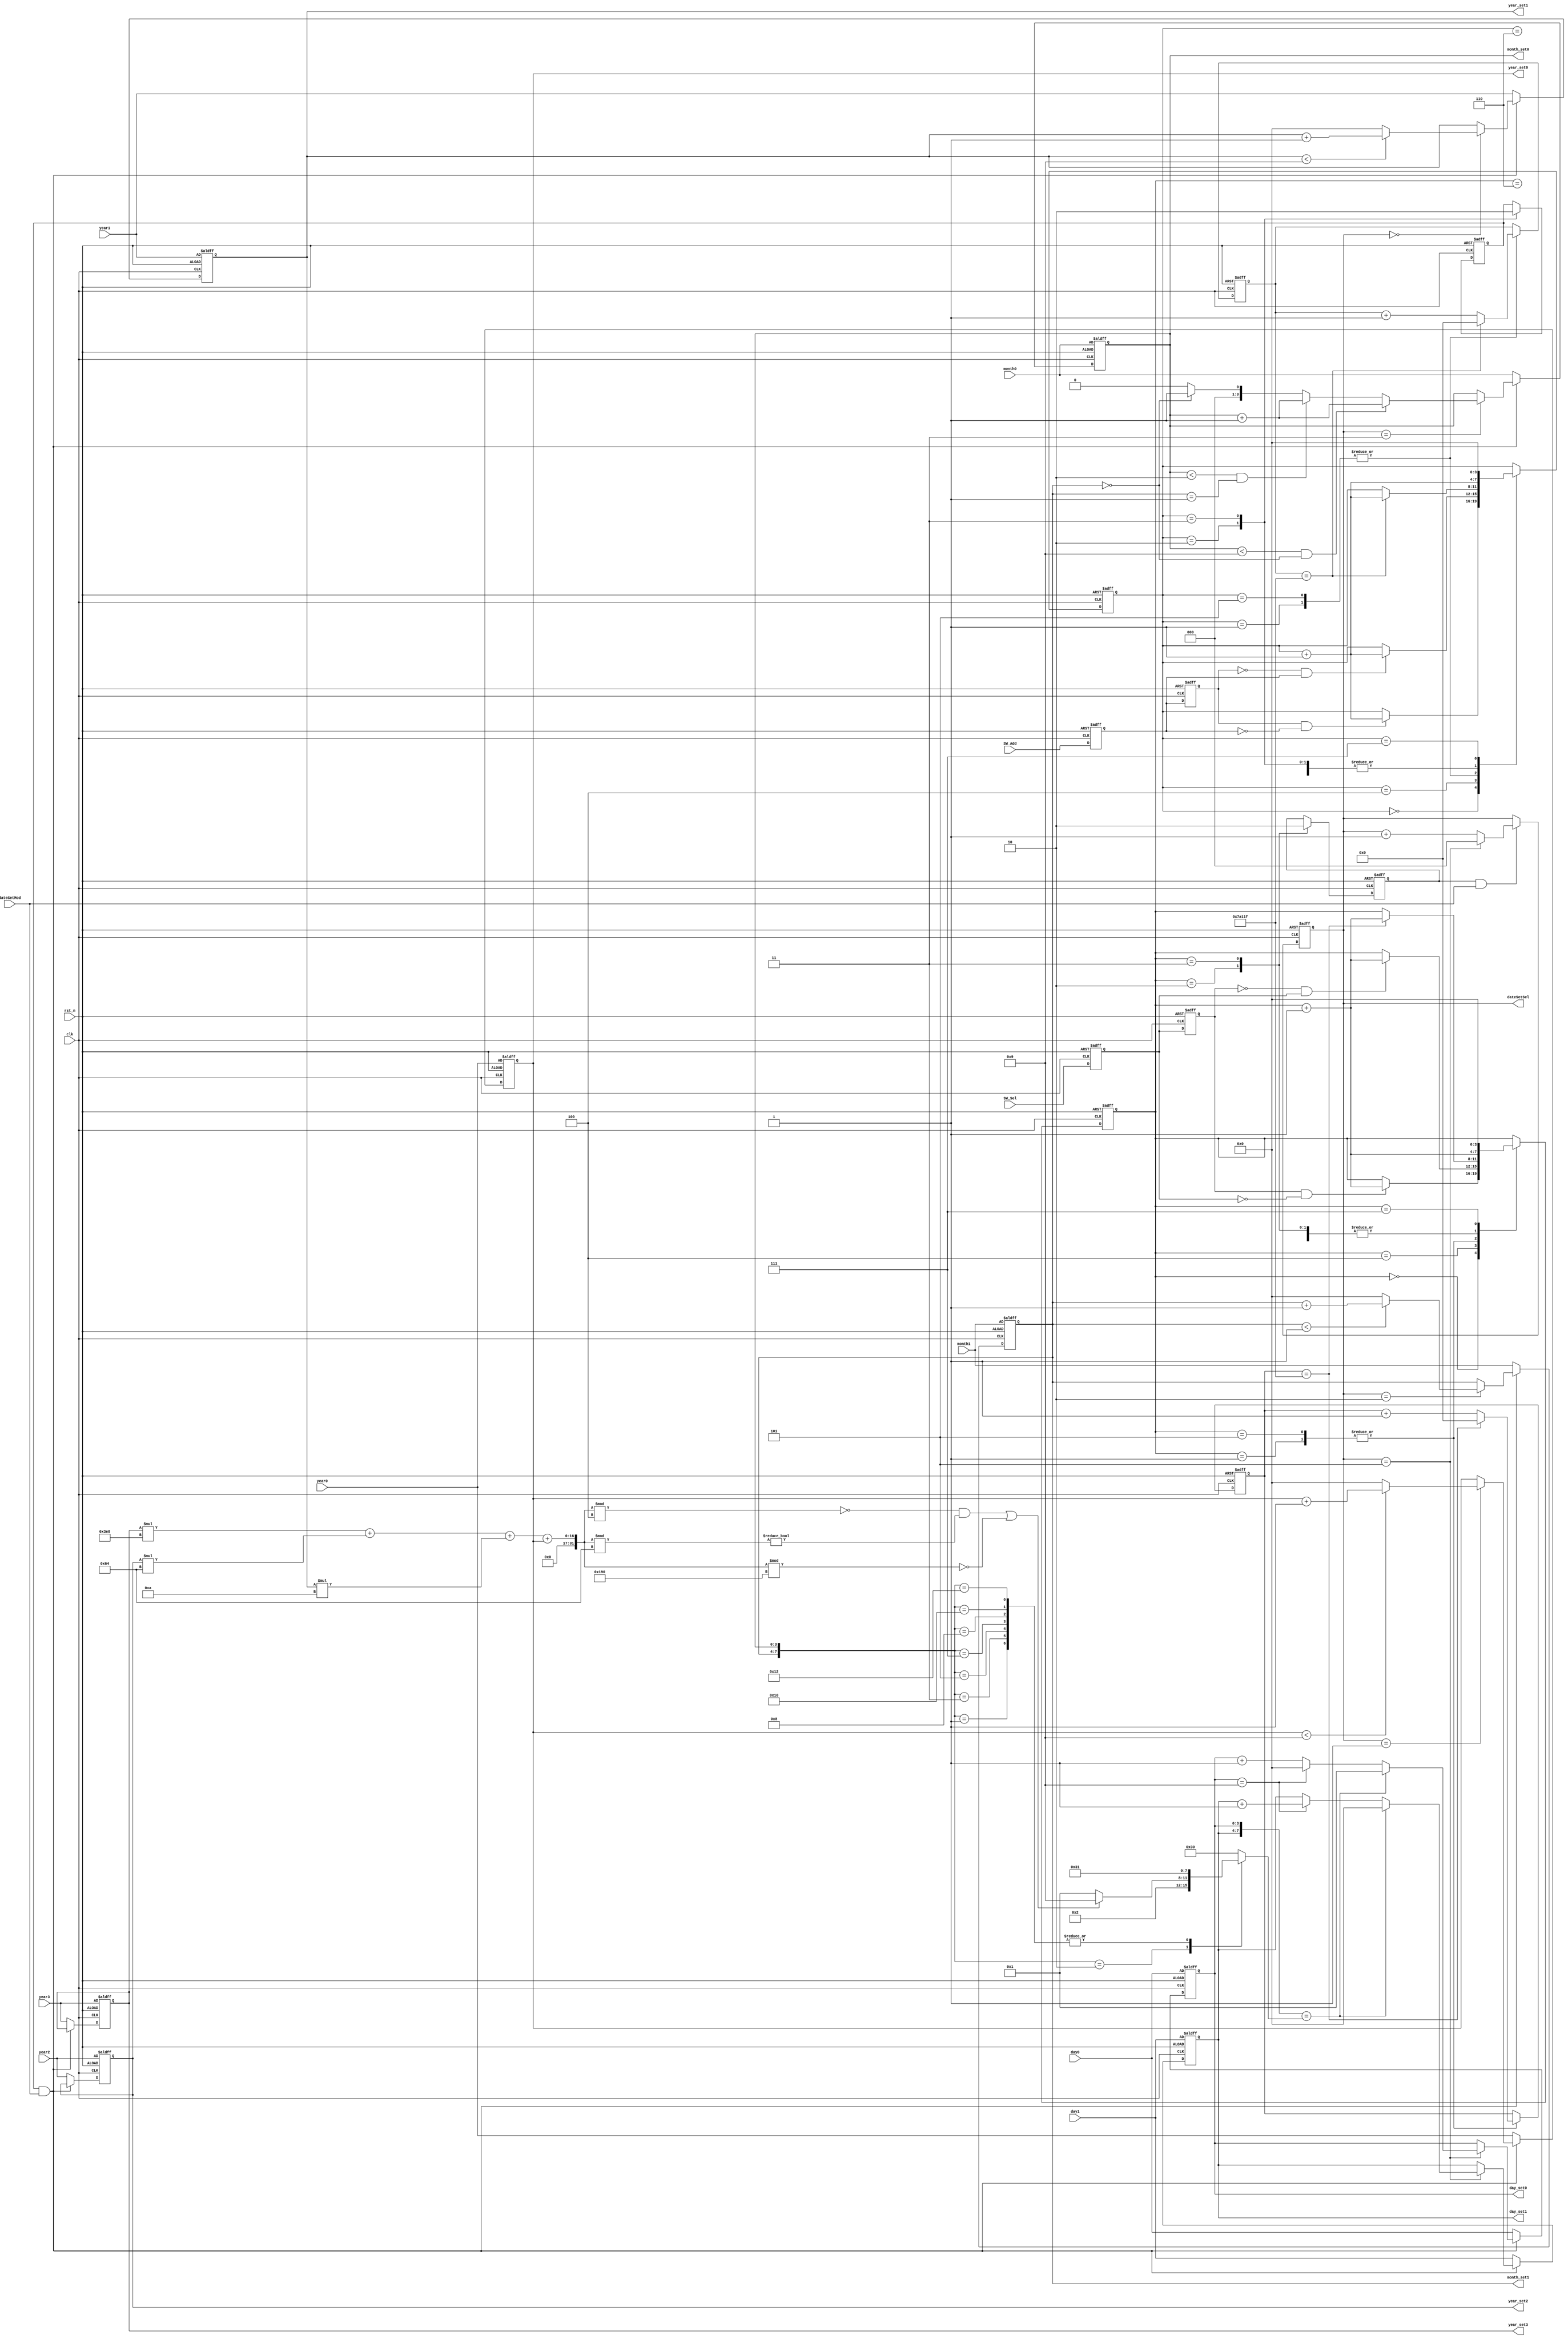
module dateSet(
		input clk,
		input rst_n,
		input dateSetMod,
		input SW_Sel,			//位选
		input SW_Add,			//增加
		input [3:0] year3, year2, year1, year0,
		input [3:0] month1, month0,
		input [3:0] day1, day0,
		output reg [3:0] year_set3, year_set2, year_set1, year_set0,
		output reg [3:0] month_set1, month_set0,
		output reg [3:0] day_set1, day_set0,
		output reg [2:0] dateSetSel
	);
	
	parameter T400MS = 21'd50_0000;
	
	//**************************位选按键消抖*********************
	reg F2, F1;
	
	always @ (posedge clk or negedge rst_n)
	begin
		if (!rst_n)
		begin 
			{F2, F1} <= 2'b11;
		end
		else
			{F2, F1} <= {F1, SW_Sel};
	end
	
	wire isSW_SelH2L = (F2 == 1 && F1 == 0);
	wire isSW_SelL2H = (F2 == 0 && F1 == 1);
	
	reg [3:0] i;
	reg isSW_SelPress, isSW_SelRelease;
	reg [18:0] C1;
	
	always @ ( posedge clk or negedge rst_n )
	begin 
		if (!rst_n)
		begin 
			i <= 4'd0;
			{isSW_SelPress, isSW_SelRelease} <= 2'b00;
			C1 <= 19'd0;
		end
		else 
		begin 
			case (i)
				0:
				if (isSW_SelH2L) i <= i + 1'b1;
				1:
				if (C1 == T400MS - 1) begin C1 <= 19'd0; i <= i + 1'b1; end
				else C1 <= C1 + 1'b1;
				2:
				begin isSW_SelPress <= 1'b1; i <= i + 1'b1; end
				3:
				begin isSW_SelPress <= 1'b0; i <= i + 1'b1; end
				4:
				begin if (isSW_SelL2H) i <= i + 1'b1; end
				5:
				if (C1 == T400MS - 1) begin C1 <= 19'd0; i <= i + 1'b1; end
				else C1 <= C1 + 1'b1;
				6:
				begin isSW_SelRelease <= 1'b1; i <= i + 1'b1; end
				7:
				begin isSW_SelRelease <= 1'b0; i <= 4'd0; end
			endcase
		end
	end
	//*************************************************************
	//**************************增加按键消抖************************
	reg F4, F3;
	
	always @ (posedge clk or negedge rst_n)
	begin
		if (!rst_n)
		begin 
			{F4, F3} <= 2'b11;
		end
		else
			{F4, F3} <= {F3, SW_Add};
	end
	
	wire isSW_AddH2L = (F4 == 1 && F3 == 0);
	wire isSW_AddL2H = (F4 == 0 && F3 == 1);
	
	reg [3:0] _i;
	reg isSW_AddPress, isSW_AddRelease;
	reg [18:0] C2;
	
	always @ ( posedge clk or negedge rst_n )
	begin 
		if (!rst_n)
		begin 
			_i <= 4'd0;
			{isSW_AddPress, isSW_AddRelease} <= 1'b0;
			C2 <= 19'd0;
		end
		else 
		begin 
			case (_i)
				0:
				if (isSW_AddH2L) _i <= _i + 1'b1;
				1:
				if (C2 == T400MS - 1) begin C2 <= 19'd0; _i <= _i + 1'b1; end
				else C2 <= C2 + 1'b1;
				2:
				begin isSW_AddPress <= 1'b1; _i <= _i + 1'b1; end
				3:
				begin isSW_AddPress <= 1'b0; _i <= _i + 1'b1; end
				4:
				if (isSW_AddL2H) _i <= _i + 1'b1;
				5:
				if (C2 == T400MS - 1) begin C2 <= 19'd0; _i <= _i + 1'b1; end
				else C2 <= C2 + 1'b1;
				6:
				begin isSW_AddRelease <= 1'b1; _i <= _i + 1'b1; end
				7:
				begin isSW_AddRelease <= 1'b0; _i <= 4'd0; end
			endcase
		end
	end
	//*************************************************************
	
	//****************************位选控制**************************
	always @ (negedge clk or negedge rst_n)
	begin 
		if (!rst_n)
		begin 
			dateSetSel <= 3'd0;
		end
		else 
		begin
			if (isSW_SelPress && dateSetMod)
			begin 
				if (dateSetSel == 3'd5)
					dateSetSel <= 3'd0;
				else 
					dateSetSel <= dateSetSel + 1'b1;
			end
		end
	end
	//**************************************************************
	
	always @ (negedge clk or negedge rst_n)
	begin 
		if (!rst_n)
		begin 
			{year_set3, year_set2, year_set1, year_set0} <= {year3, year2, year1, year0};
			{month_set1, month_set0}                     <= {month1, month0};
			{day_set1, day_set0}								   <= {day1, day0};
		end
		else 
		begin 
			if (isSW_AddPress && dateSetMod)			//增加按键按下且日期设置模式打开
			begin 
				case (dateSetSel)
					3'd0:
					begin
						if (year_set1 < 4'd9)
							year_set1 <= year_set1 + 1'b1;
						else
						begin
							year_set1 <= 4'd0;
						end
					end
					3'd1:
					begin
						if (year_set0 < 4'd9)
							year_set0 <= year_set0 + 1'b1;
						else
							year_set0 <= 4'd0;
					end
					3'd2:
					begin
						if (month_set1 < 4'd1)
							month_set1 <= month_set1 + 1'b1;
						else
							month_set1 <= 4'd0;
					end
					3'd3:
					begin
						if (month_set0 < 4'd9 && month_set1 == 4'd0)
							month_set0 <= month_set0 + 1'b1;
						else if (month_set0 < 4'd2 && month_set1 == 4'd1)
							month_set0 <= month_set0 + 1'b1;
						else
						begin
							if (month_set1 == 4'd0)
								month_set0 <= 4'd1;
							else
								month_set0 <= 4'd0;
						end
					end
					3'd4:
					begin
					end
					3'd5:
					begin
						day_set0 <= day_set0 + 1'b1;
						if (day_set0 == 4'd9)
						begin
							day_set0 <= 4'd0;
							day_set1 <= day_set1 + 4'd1;
						end
						if ({day_set1, day_set0} == DAYS)
						begin
							day_set0 <= 4'd1;
							day_set1 <= 4'd0;
						end
					end
				endcase
			end
			else
			begin 
				{year_set3, year_set2, year_set1, year_set0} <= {year3, year2, year1, year0};
				{month_set1, month_set0}                     <= {month1, month0};
				{day_set1, day_set0}								   <= {day1, day0};
			end
		end
	end
	
	reg [7:0] DAYS;
	
	always		//判断月份天数
	begin 
		case ({month_set1, month_set0})
			8'h01: DAYS <= 8'h31;
			8'h02: 
			begin
				if ((({year_set3*1000 + year_set2*100 + year_set1*10 + year_set0}%4 == 0) && ({year_set3*1000 + year_set2*100 + year_set1*10 + year_set0}%100 != 0)) || ({year_set3*1000 + year_set2*100 + year_set1*10 + year_set0}%400 == 0))
					DAYS <= 8'h29;
				else
					DAYS <= 8'h21;
			end
			8'h03: DAYS <= 8'h31;
			8'h04: DAYS <= 8'h30;
			8'h05: DAYS <= 8'h31;
			8'h06: DAYS <= 8'h30;
			8'h07: DAYS <= 8'h31;
			8'h08: DAYS <= 8'h31;
			8'h09: DAYS <= 8'h30;
			8'h10: DAYS <= 8'h31;
			8'h11: DAYS <= 8'h30;
			8'h12: DAYS <= 8'h31;
			default: DAYS <= 8'h30;
		endcase
	end

endmodule